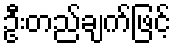
ဦးတည်ချက်ဖြင့်